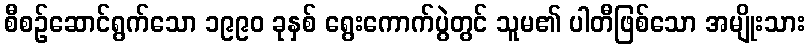
စီစဉ်ဆောင်ရွက်သော ၁၉၉၀ ခုနှစ် ရွေးကောက်ပွဲတွင် သူမ၏ ပါတီဖြစ်သော အမျိုးသား